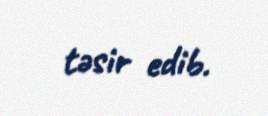
təsir edib.